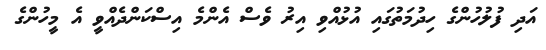
އަދި ފުލުހުންގެ ހިދުމަތުގައި އުޅުއްވި އިރު ވެސް އެންމެ އިސްކަންދެއްވީ އެ މީހުންގެ